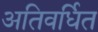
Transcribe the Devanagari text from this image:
अतिवर्धित